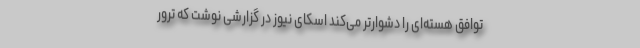
توافق هسته‌ای را دشوارتر می‌کند اسکای نیوز در گزارشی نوشت که ترور